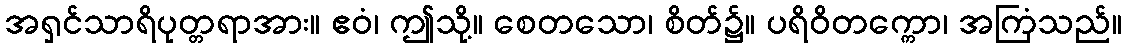
အရှင်သာရိပုတ္တရာအား။ ဧဝံ၊ ဤသို့။ စေတသော၊ စိတ်၌။ ပရိဝိတက္ကော၊ အကြံသည်။